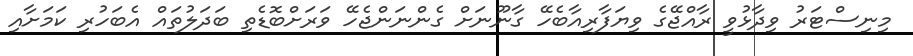
މިނިސްޓަރު ވިދާޅުވީ ރާއްޖޭގެ ވިޔަފާރިއާބެހޭ ގާނޫނަށް ގެންނަންޖެހޭ ވަރަށްބޮޑެތި ބަދަލުތައް އެބަހުރި ކަމަށާއި